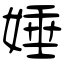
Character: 娷